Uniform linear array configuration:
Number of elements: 32
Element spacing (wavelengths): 0.25
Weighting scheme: kaiser
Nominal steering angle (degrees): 0
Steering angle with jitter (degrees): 1.492
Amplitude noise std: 0.05
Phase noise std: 0.05

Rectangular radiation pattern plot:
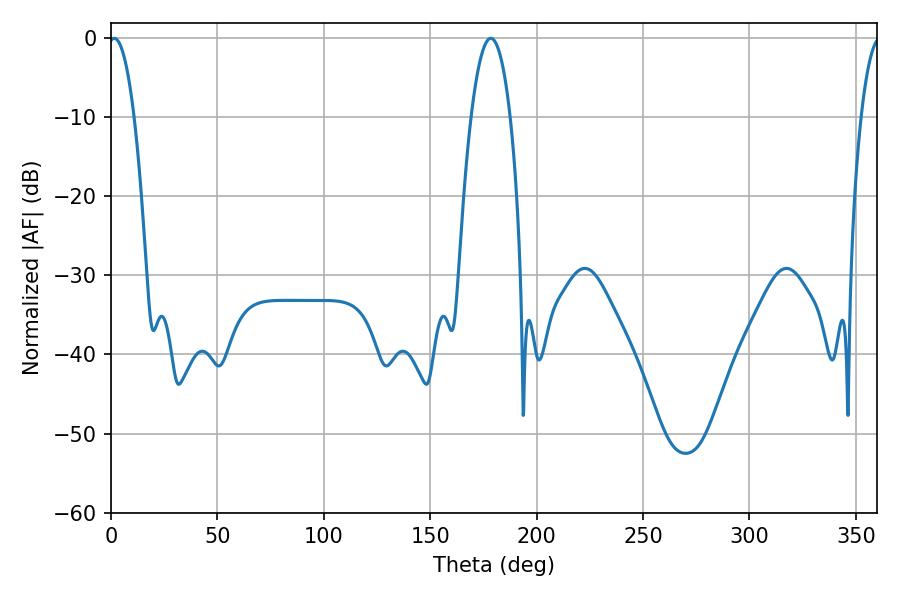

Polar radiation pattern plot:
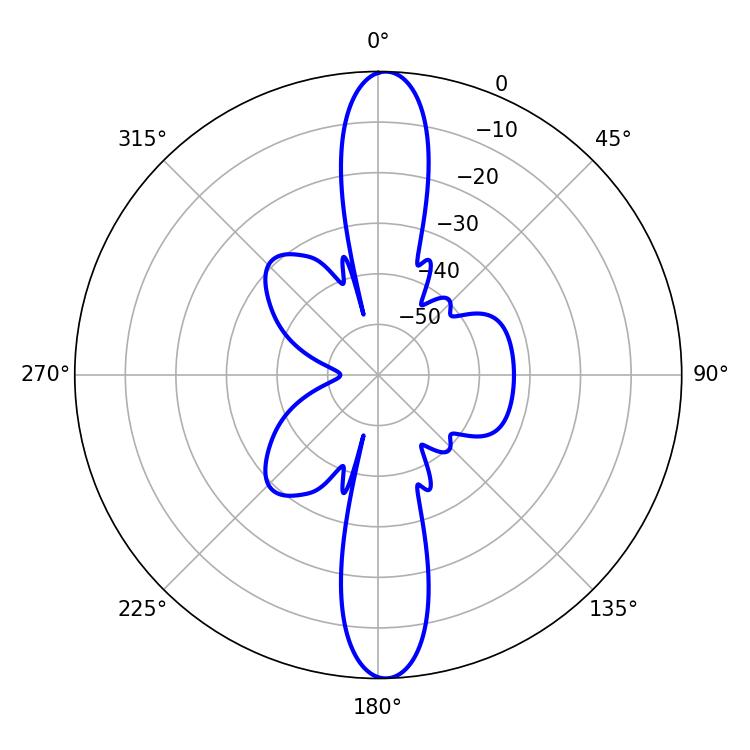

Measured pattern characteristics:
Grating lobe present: FALSE
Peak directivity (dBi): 22.788
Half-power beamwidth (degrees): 6.66
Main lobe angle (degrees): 1.44